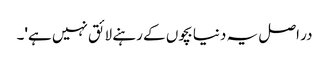
در اصل یہ دنیا بچوں کے رہنے لائق نہیں ہے'۔